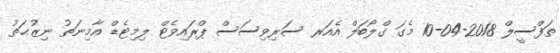
ތަފްސީލް 2018-04-10 މެގަ ގްލޯބަލް އެއަރ ސަރިވިސަސް ޕްރައިވެޓް ލިމިޓެޑް އާމިނަތު ނިޒުޙަތު